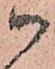
御